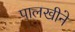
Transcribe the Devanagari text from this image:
पालखीने